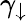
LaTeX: \gamma_{\downarrow}